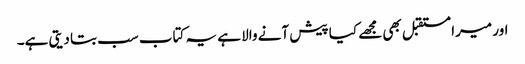
اور میرا مستقبل بھی مجھے کیا پیش آنے والا ہے یہ کتاب سب بتا دیتی ہے۔